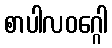
စာပါလဝဂ္ဂေါ